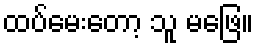
ထပ်မေးတော့ သူ မဖြေ။